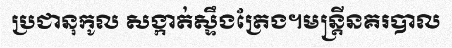
ប្រជានុកូល សង្កាត់ស្ទឹងត្រែង។មន្ត្រីនគរបាល